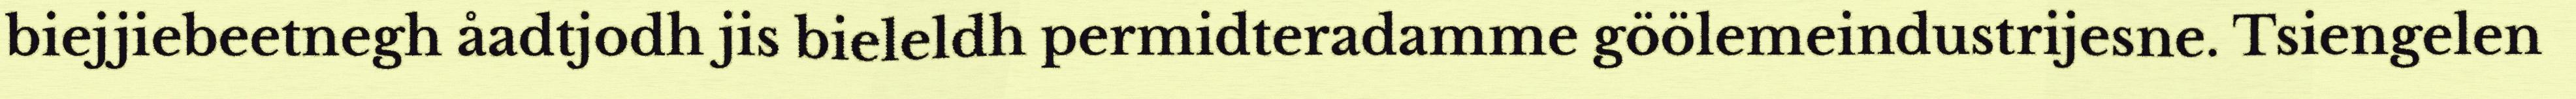
biejjiebeetnegh åadtjodh jis bieleldh permidteradamme göölemeindustrijesne. Tsiengelen